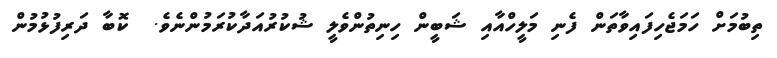
ތިބުމަށް ހަމަޖެހިފައިވާތަން ފެނި މަލީހްއާއި ޝަބީން ހިނިތުންވެލީ ޝުކުރުއަދާކުރަމުންނެވެ.  ކޮބާ ދަރިފުޅުމުން